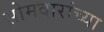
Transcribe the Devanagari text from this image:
सोमवारांच्या